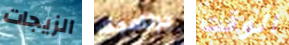
الزيجات برنامجك الوقت